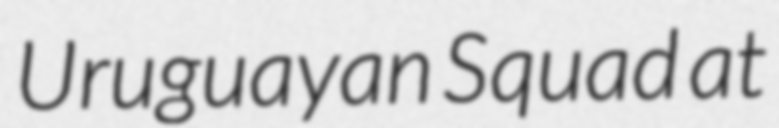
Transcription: Uruguayan Squad at